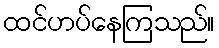
ထင်ဟပ်နေကြသည်။